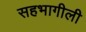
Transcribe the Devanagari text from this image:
सहभागीली